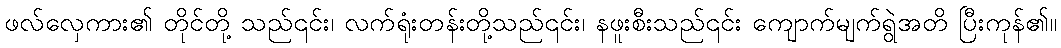
ဖလ်လှေကား၏ တိုင်တို့ သည်၎င်း၊ လက်ရုံးတန်းတို့သည်၎င်း၊ နဖူးစီးသည်၎င်း ကျောက်မျက်ရွဲအတိ ပြီးကုန်၏။